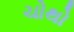
ચોથો